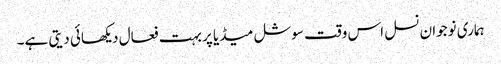
ہماری نوجوان نسل اس وقت سوشل میڈیا پر بہت فعال دیکھائی دیتی ہے۔